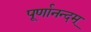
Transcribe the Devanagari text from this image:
पूर्णानन्दम्